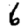
Digit: 6